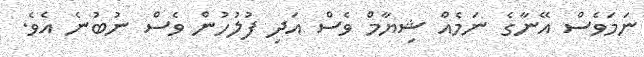
ނަމަވެސް އޭނާގެ ނަމެއް ޝިޔާމް ވެސް އަދި ފުލުހުން ވެސް ނުބުނެ އެވެ.